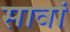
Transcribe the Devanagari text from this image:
सावां